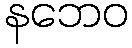
နဘေဝ